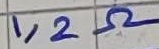
Text: 1,2Ω